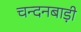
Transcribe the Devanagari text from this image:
चन्दनबाड़ी